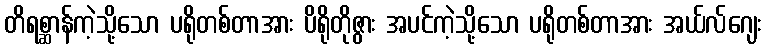
တိရစ္ဆာန်ကဲ့သို့သော ပရိုတစ်တာအား ပိရိုတိုဇွား အပင်ကဲ့သို့သော ပရိုတစ်တာအား အယ်လ်ဂျေး